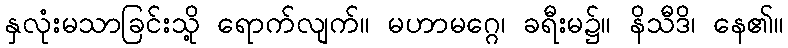
နှလုံးမသာခြင်းသို့ ရောက်လျက်။ မဟာမဂ္ဂေ၊ ခရီးမ၌။ နိသီဒိ၊ နေ၏။